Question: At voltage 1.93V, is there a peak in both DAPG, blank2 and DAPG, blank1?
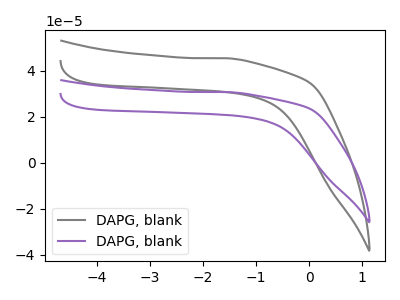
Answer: <think>The gray curve "DAPG, blank1" has no peaks. The purple curve "DAPG, blank2" has no peaks.</think>
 <answer>No, "DAPG, blank2" and "DAPG, blank1" dont share a peak at 1.93V.</answer>
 <eval>mismatch</eval>